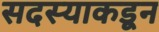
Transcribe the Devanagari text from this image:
सदस्याकडून